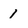
Character: 1